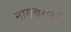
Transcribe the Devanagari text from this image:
नागवराळी